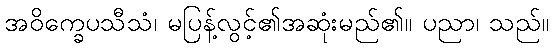
အဝိက္ခေပသီသံ၊ မပြန့်လွင့်၏အဆုံးမည်၏။ ပညာ၊ သည်။